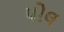
પોલ